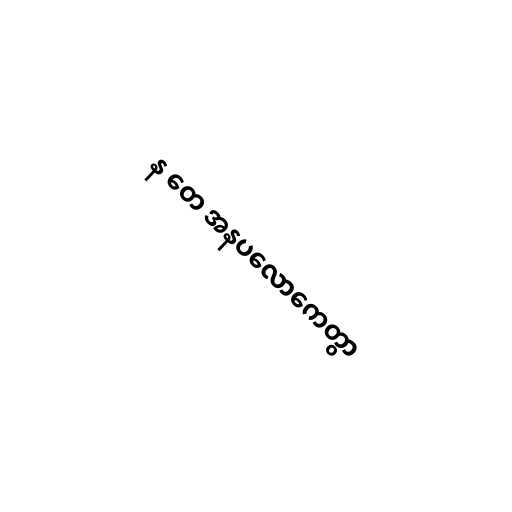
န တေ အနပလောကေတွာ